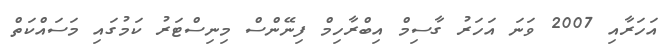
އަހަރާއި 2007 ވަނަ އަހަރު ގާސިމް އިބްރާހިމް ފިނޭންސް މިނިސްޓަރު ކަމުގައި މަސައްކަތް